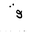
Letter: _qaf